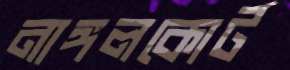
নাঙ্গলকোর্ট